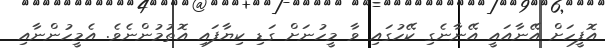
އޮފީހަށް އޭނާއައީ އޭނާނެގި ކޭހުގައި ވާ މީހުނަށް ގަޑި ކިޔާފައި އޮތުމުންނެވެ. އެމީހުންނާއި